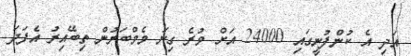
އަދި އެ ކުންފުނީގައި 24000 އަށް ވުރެ ގިނަ މެމްބަރުން ތިބޭއިރު އެފަދަ